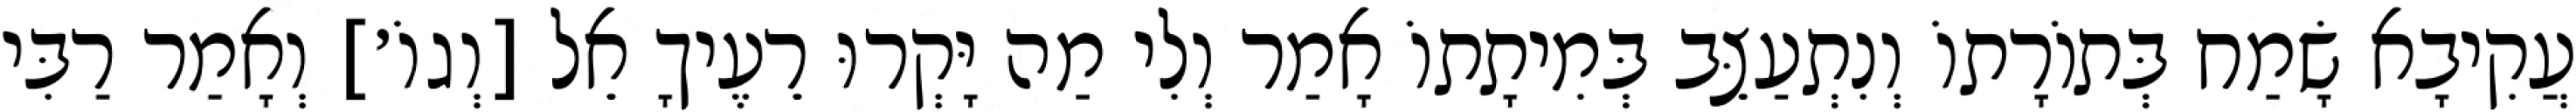
עֲקִיבָא שָׂמַח בְּתוֹרָתוֹ וְנִתְעַצֵּב בְּמִיתָתוֹ אָמַר וְלִי מַה יָּקְרוּ רֵעֶיךָ אֵל [וְגוֹ׳] וְאָמַר רַבִּי